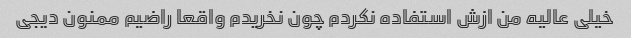
خیلی عالیه من ازش استفاده نکردم چون نخریدم واقعا راضیم ممنون دیجی